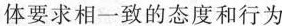
体要求相一致的态度和行为